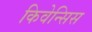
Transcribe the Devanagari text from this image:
किवेन्सिस